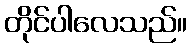
တိုင်ပါလေသည်။